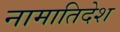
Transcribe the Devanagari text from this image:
नामातिदेश